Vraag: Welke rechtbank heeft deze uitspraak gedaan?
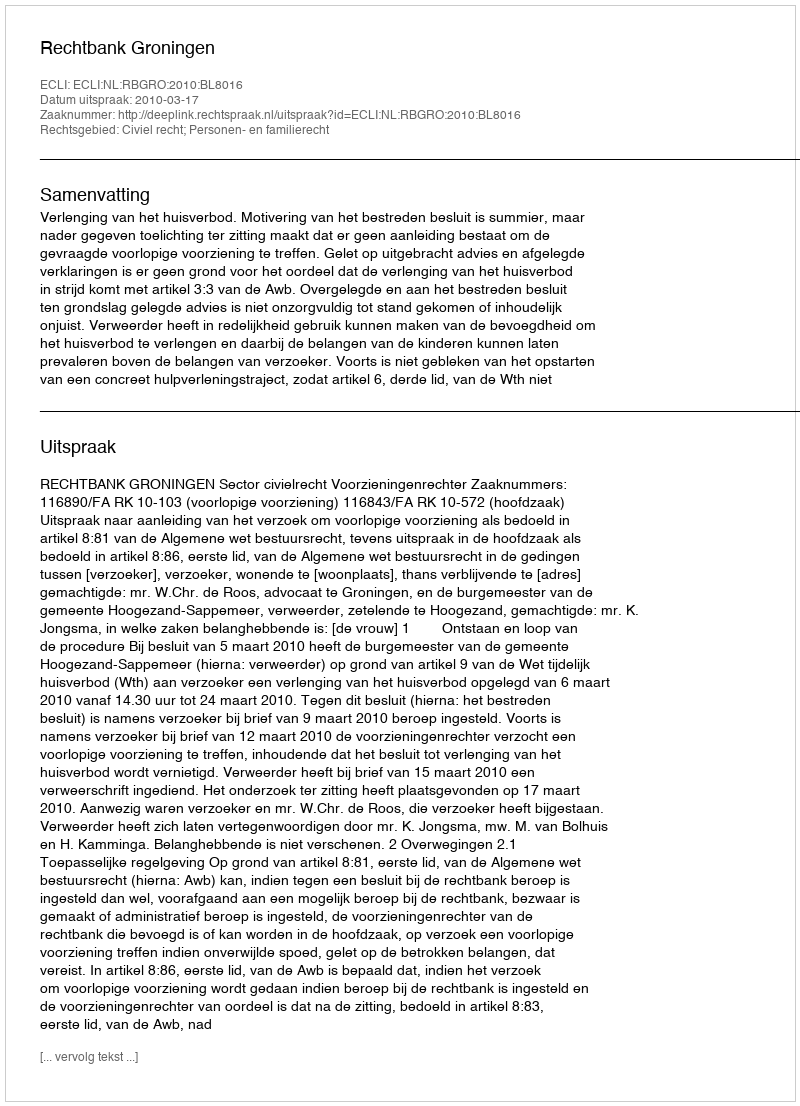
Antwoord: Rechtbank Groningen